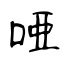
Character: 唖